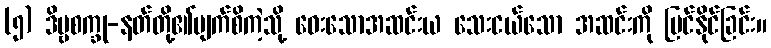
(၅) ဒိဗ္ဗစက္ခု-နတ်တို့၏မျက်စိကဲ့သို့ ဝေးသောအဆင်းယ သေးငယ်သော အဆင်းကို မြင်နိုင်ခြင်း။